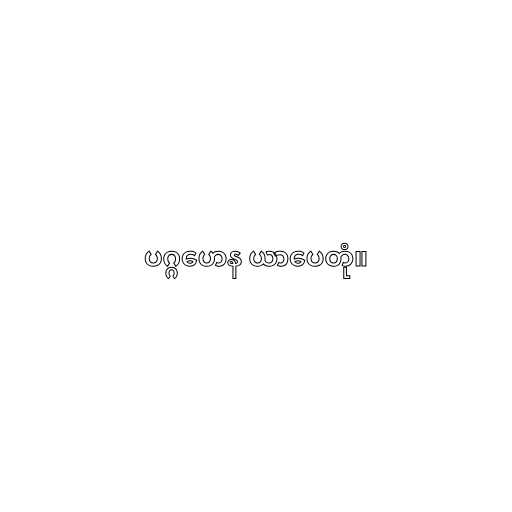
ပဂ္ဂဟေန ယာပေတုံ။